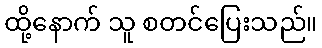
ထို့နောက် သူ စတင်ပြေးသည်။